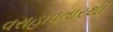
વરાહાવતારથી